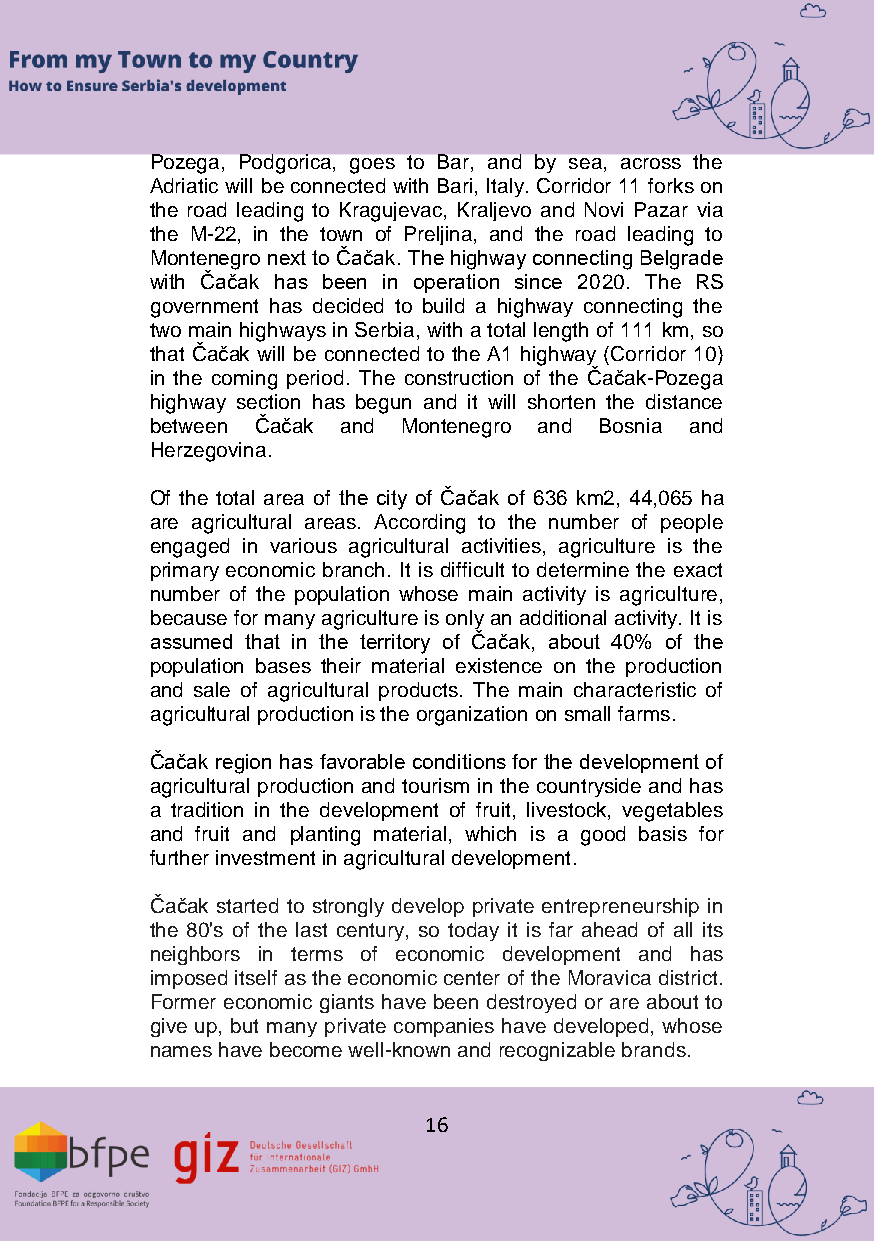
Pozega, Podgorica, goes to Bar, and by sea, across the
 Adriatic will be connected with Bari, Italy. Corridor 11 forks on
 the road leading to Kragujevac, Kraljevo and Novi Pazar via
 the M-22, in the town of Preljina, and the road leading to
 Montenegro next to Čačak. The highway connecting Belgrade
 with Čačak has been in operation since 2020. The RS
 government has decided to build a highway connecting the
 two main highways in Serbia, with a total length of 111 km, so
 that Čačak will be connected to the A1 highway (Corridor 10)
 in the coming period. The construction of the Čačak-Pozega
 highway section has begun and it will shorten the distance
 between Čačak and Montenegro and Bosnia and
 Herzegovina.
 Of the total area of the city of Čačak of 636 km2, 44,065 ha
 are agricultural areas. According to the number of people
 engaged in various agricultural activities, agriculture is the
 primary economic branch. It is difficult to determine the exact
 number of the population whose main activity is agriculture,
 because for many agriculture is only an additional activity. It is
 assumed that in the territory of Čačak, about 40% of the
 population bases their material existence on the production
 and sale of agricultural products. The main characteristic of
 agricultural production is the organization on small farms.
 Čačak region has favorable conditions for the development of
 agricultural production and tourism in the countryside and has
 a tradition in the development of fruit, livestock, vegetables
 and fruit and planting material, which is a good basis for
 further investment in agricultural development.
 Čačak started to strongly develop private entrepreneurship in
 the 80's of the last century, so today it is far ahead of all its
 neighbors in terms of economic development and has
 imposed itself as the economic center of the Moravica district.
 Former economic giants have been destroyed or are about to
 give up, but many private companies have developed, whose
 names have become well-known and recognizable brands.
 16